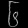
Digit: ၆